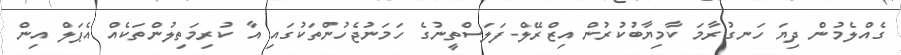
ގެއްލެމުން ދިޔަ ހަނގުރާމަ ކާމިޔާބުކުރުން އިޒްރޭލް-ފަލަސްތީނުގެ ހަމަނުޖެހުންތަކުގައި އާ ކުރިމަތިލުންތަކެއް އެޕަލް އިން